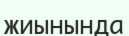
жиынында